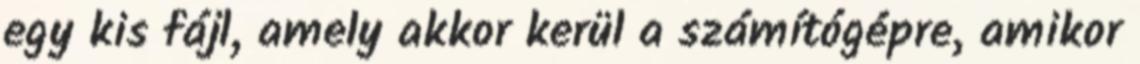
egy kis fájl, amely akkor kerül a számítógépre, amikor